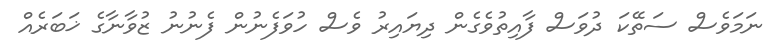
ނަމަވެސް ސަތޭކަ ދުވަސް ފާއިތުވެގެން ދިޔައިރު ވެސް ހުވަފެނުން ފެނުނު ޒުވާނާގެ ޚަބަރެއް